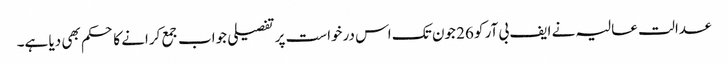
عدالت عالیہ نے ایف بی آر کو 26 جون تک اس درخواست پر تفصیلی جواب جمع کرانے کا حکم بھی دیا ہے۔